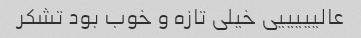
عالیییییی خیلی تازه و خوب بود تشکر